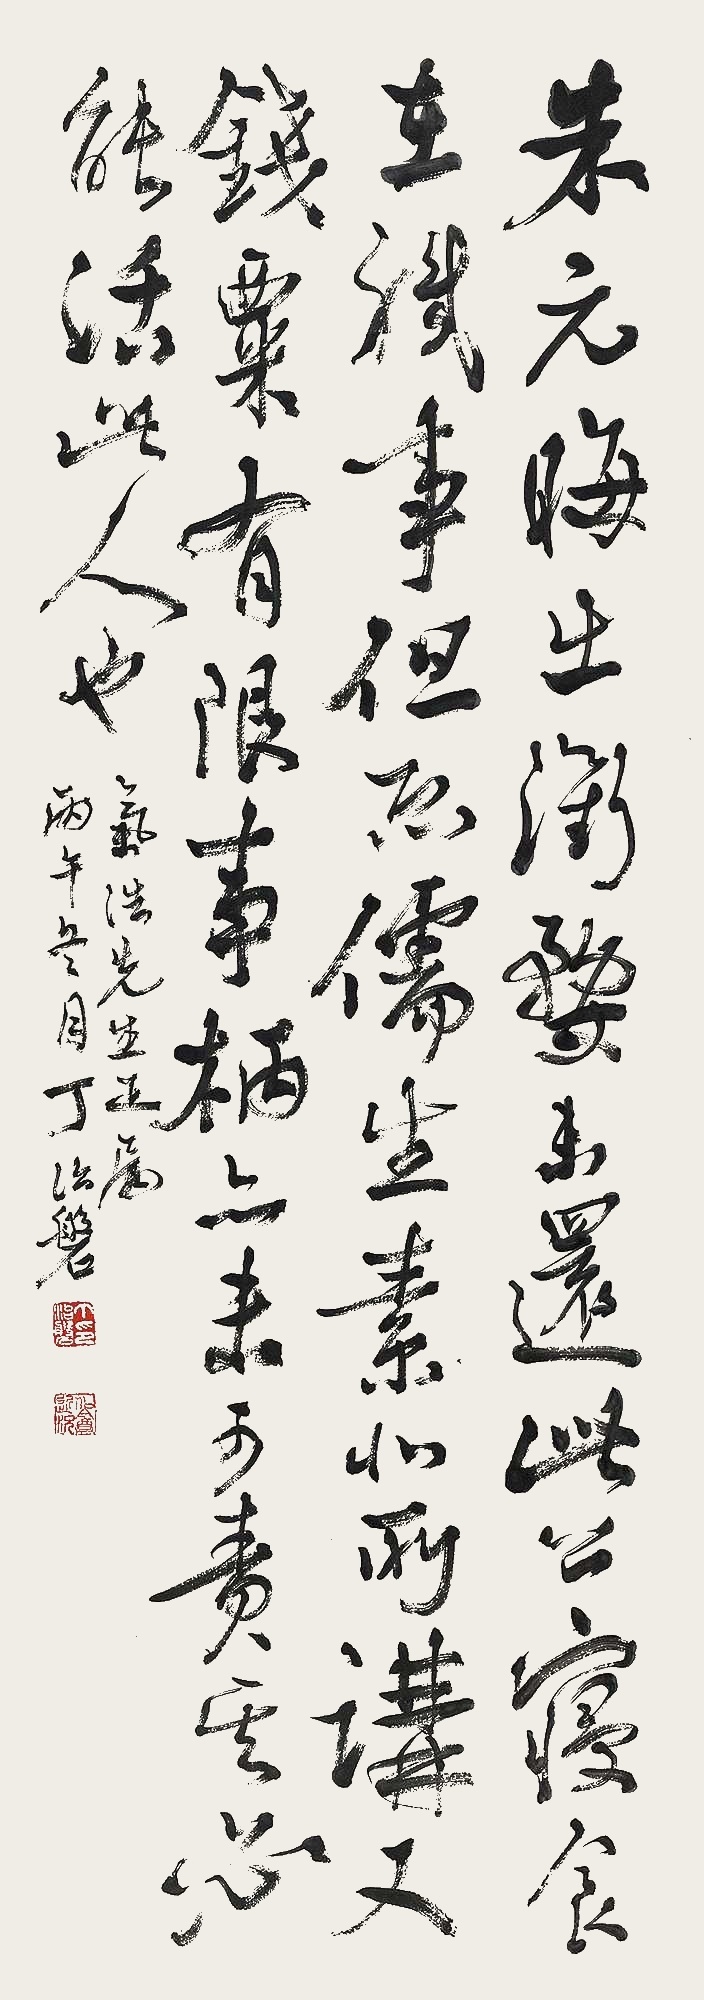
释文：朱元晦出衢婺未还，此公寝食在职事，但恐儒生素非所讲，又钱粟有限，事柄亦未可责，其必能活此人也。气浩先生正属。丙午冬月，丁治磐。